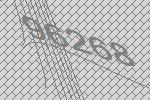
96268